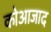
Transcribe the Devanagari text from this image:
कोआजाद